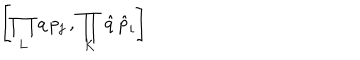
LaTeX: \left[ \prod _ { L } q \, p _ { j } \, , \prod _ { K } \hat { q } \, \hat { p } _ { i } \right]